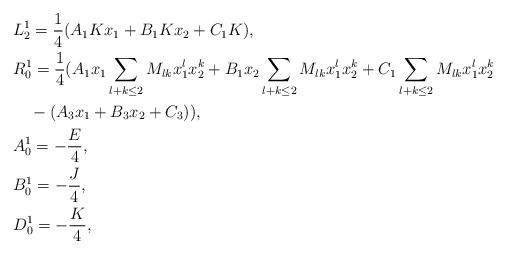
LaTeX: \begin{align*}&L_2^1=\frac{1}{4}(A_1Kx_1+B_1Kx_2+C_1K),\\&R_0^1=\frac{1}{4}(A_1x_1\sum_{l+k\leq 2} M_{lk} x_1^{l}x_2^k+B_1x_2\sum_{l+k\leq 2} M_{lk} x_1^{l}x_2^k+C_1\sum_{l+k\leq 2} M_{lk}x_1^{l}x_2^k\\&\quad-(A_3x_1+B_3x_2+C_3)),\\&A_0^1=-\frac{E}{4},\\ & B_0^1=-\frac{J}{4},\\ & D_0^1=-\frac{K}{4},\end{align*}